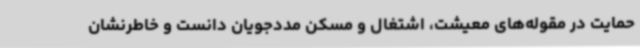
حمایت در مقوله‌های معیشت، اشتغال و مسکن مددجویان دانست و خاطرنشان